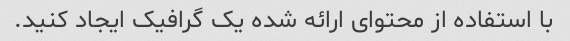
با استفاده از محتوای ارائه شده یک گرافیک ایجاد کنید.